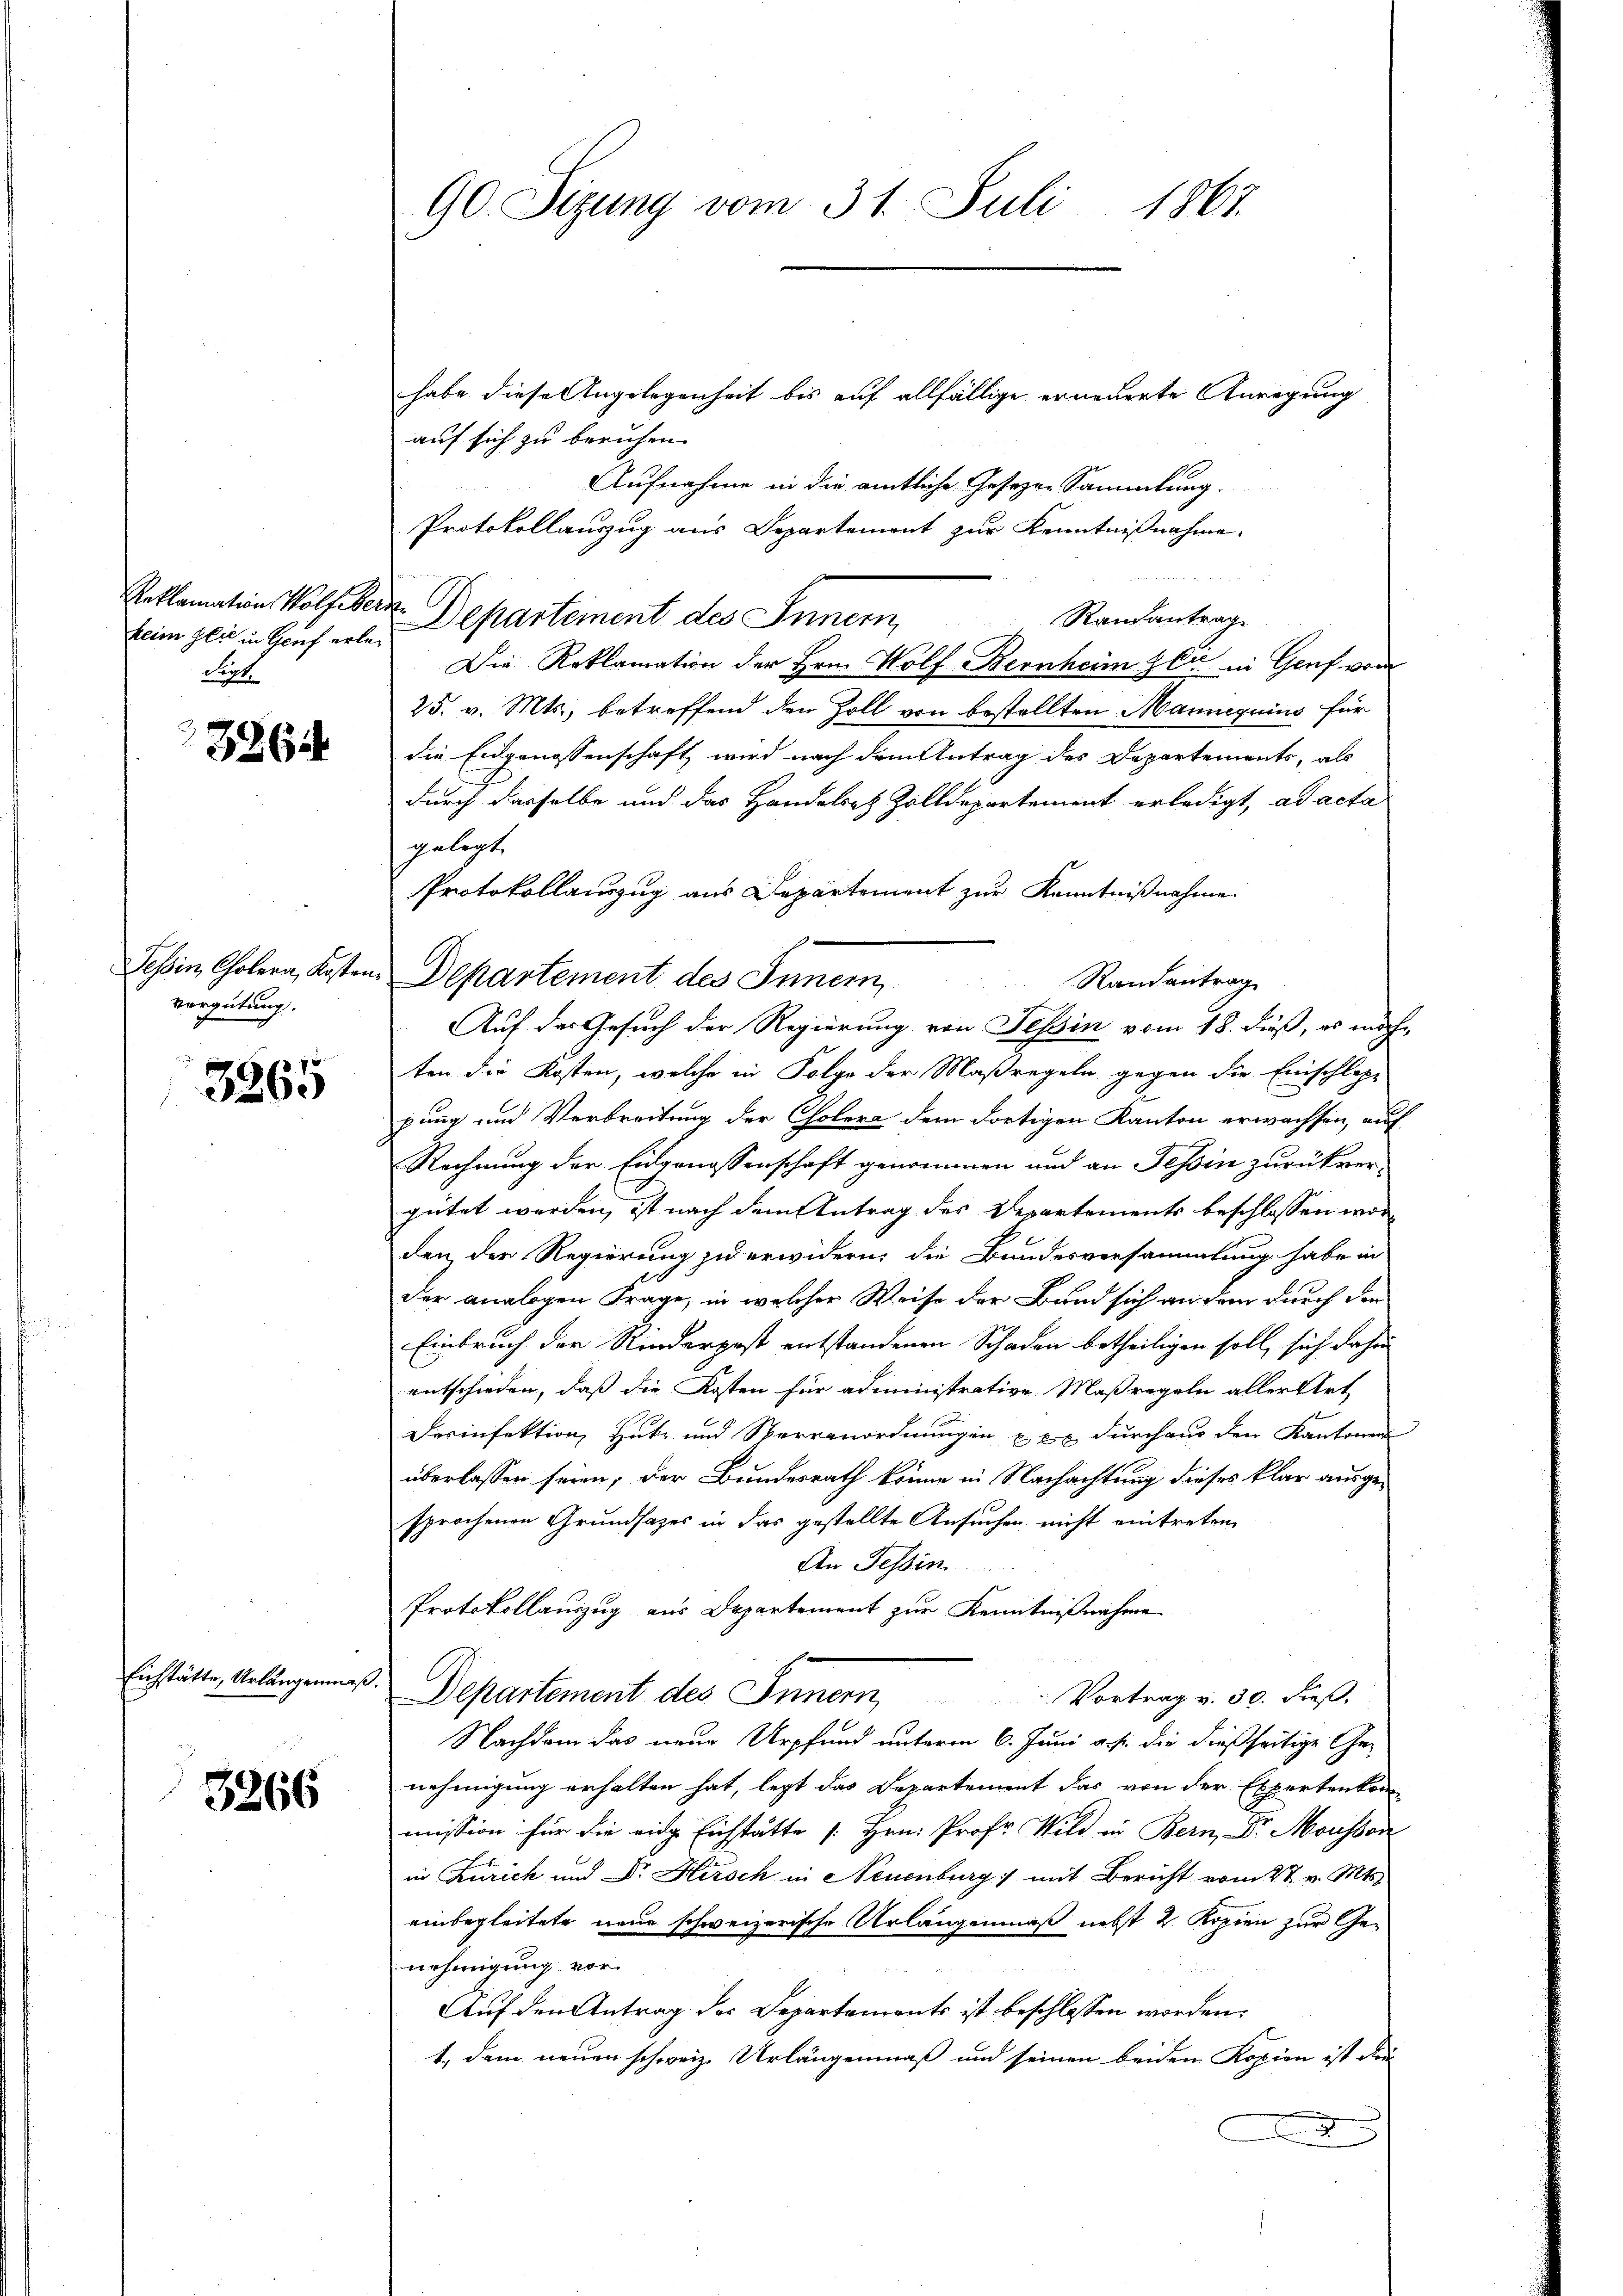
kein Glie in Genf erle¬
Sit

386

vergütung.

3265

Eichstätte, Urlängerung

3266

90. Sizung vom 31. Juli 1867.

habe diese Angelegenheit bis auf allfällige erneuerte Anregung
auf sich zu beruhen.
Aufnahme in die amtliche Gesezen Sammlung.
Protokollauszug aus Departemont zur Kenntnißnahme.
Reklamation Wölfikern Departement des Innern,
Raisantrag
Die Reklamation der Hrn. Wolf Bernheim zer in Genf vom
25. v. Mts., betreffend den Zoll von bestellten Manneguins für
die Eidgenossenschaft wird nach dem Antrag des Departements, als
durch dasselbe und das Handelsatz Zolldepartement erledigt, ad acta
gelegt.
ten die Kosten, welche in Folge der Maßregeln gegen die Einschlepe
pung und Verbreitung der Colora dem dortigen Kanton erwachsen, auf
Rechnung der Eidgenossenschaft genommen und an Tessin zurückvergütet werden, ist nach dem Antrag des Departements beschlossen worden der Regierung jederwidern, die Bundesversammlung habe in
der analogen Frage, in welcher Weise der Bund sich an dem durch der
Einbruch der Kinderpost entstandenen Schaden betheiligen soll, sich daher
entschieden, dass die Kosten für administrative Maßregeln aller Art,
Derinfektion, Hutz und Verranordnungen u. 2 durchaus den Kantonen
überlassen seien; der Bundesrath könne in Nachachtung dieses klar ausgesprochenen Grundsazes in das gestellte Ansuchen nicht eintreten
An Tessin
Protokollauszug aus Departement zur Kenntnißnahme
.
Departement des Innern,
Vortrag v. 30. dieß.
Nachdem das neue Urpfund unterm 6. Juni a. p. die dießseitige Ge-
nehmigung erhalten hat, legt das Departement das von der Expertenkon
mission für die eidge Eichstätte [Hrn. Prof. Wild in Bern, Dr. Mousson
in Zürich und Dr. Hirsch in Neuenburg) mit Bericht vom 27. v. Mts.
einbegleitete neue schweizerische Urlangenmaß nebst 2 Kopien zur Genehmigung vor¬
Auf den Antrag des Departements ist beschlossen worden.
1., dem neuen schweiz. Urlängenmäß und seinen beiden Kopien ist die
x

Tessin, Cholera, Kosten Departement des Innern,

Protokollauszug aus Departement zur Kenntnißnahme.
Randantrag
Auf der Gesuch der Regierung von Tessin vom 18. dieß, es möch-